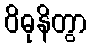
ဝိဓုနိတွာ